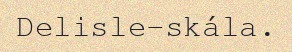
Delisle-skála.